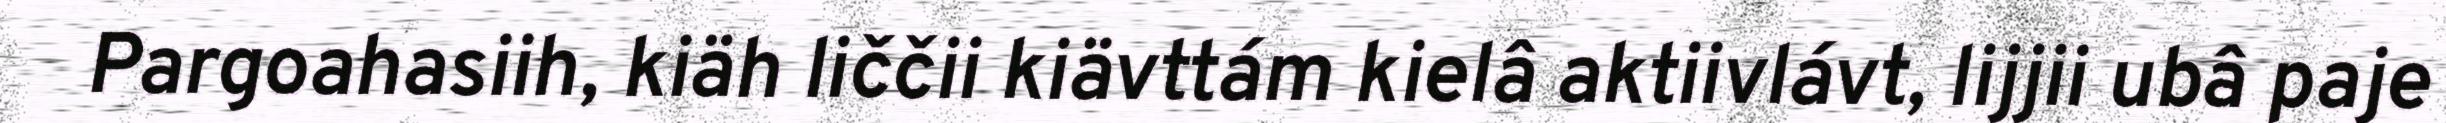
Pargoahasiih, kiäh liččii kiävttám kielâ aktiivlávt, lijjii ubâ paje